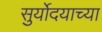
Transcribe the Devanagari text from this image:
सुर्योदयाच्या